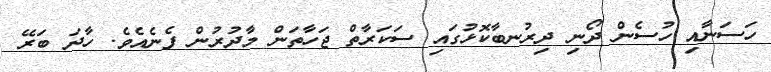
ހަސަނާއި ހުސެން ދޯނި ދިރުނބާކޮޅުގައި ސަކަރާތް ޖަހާތަން މާދުރުން ފެނެއެވެ. ހާދަ ބަރޭ